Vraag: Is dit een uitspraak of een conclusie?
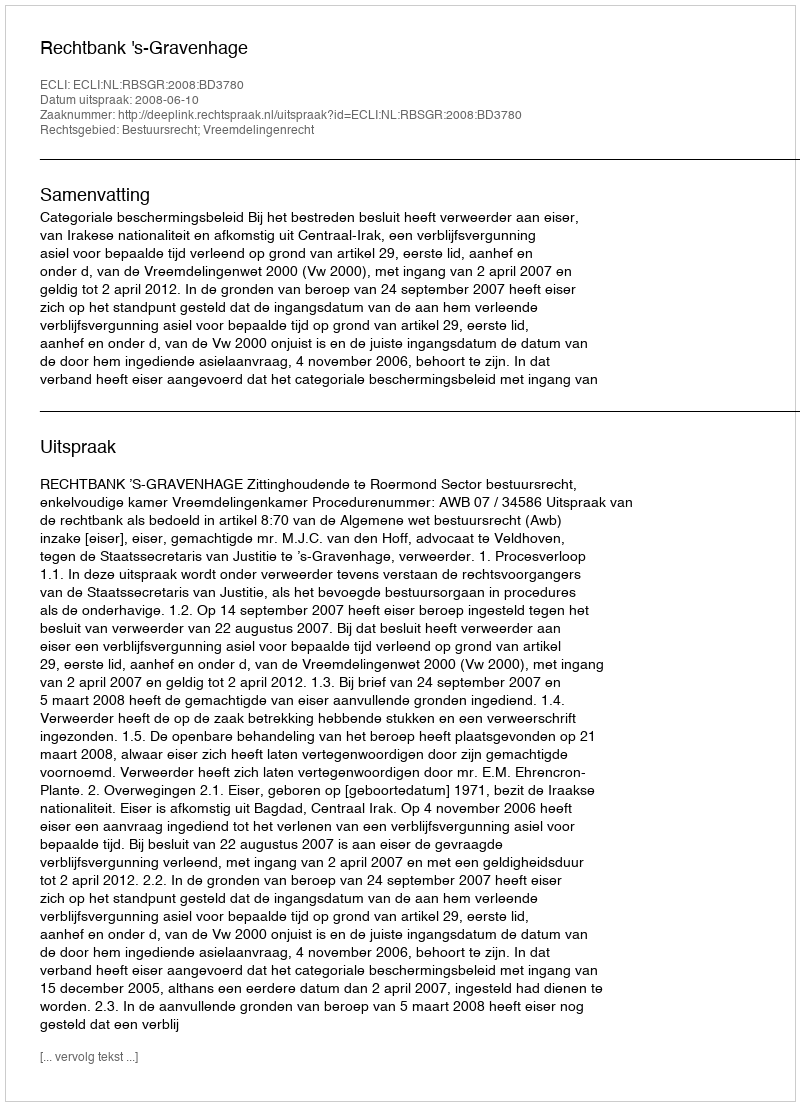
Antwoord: Uitspraak